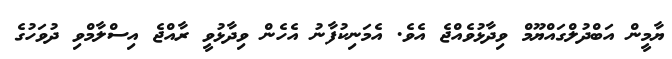
ޔާމީން އަބްދުލްގައްޔޫމް ވިދާޅުވެއްޖެ އެވެ. އެމަނިކުފާނު އެހެން ވިދާޅުވީ ރާއްޖެ އިސްލާމްވި ދުވަހުގެ